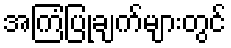
အကြံပြုချက်များတွင်